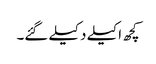
کچھ اکیلے دکیلے گئے۔